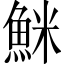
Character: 䱊